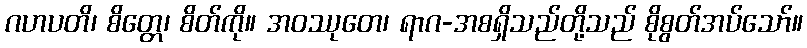
ဂဟပတိ၊ စိတ္တေ၊ စိတ်ကို။ အဝဿုတေ၊ ရာဂ-အစရှိသည်တို့သည် စိုစွတ်အပ်သော်။